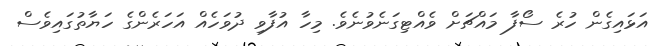
އަޅައިގެން ހުރެ ސޯފާ މައްޗަށް ވެއްޓިގަނެވުނެވެ. މިހާ އުފާވި ދުވަހެއް އަހަރެންގެ ހަޔާތުގައިވެސް